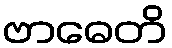
ဗာဓေတိ